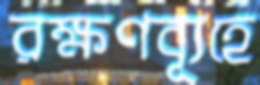
রক্ষণব্যূহে